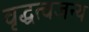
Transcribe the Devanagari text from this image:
वृद्धत्वजन्य